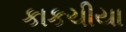
કાકચીયા